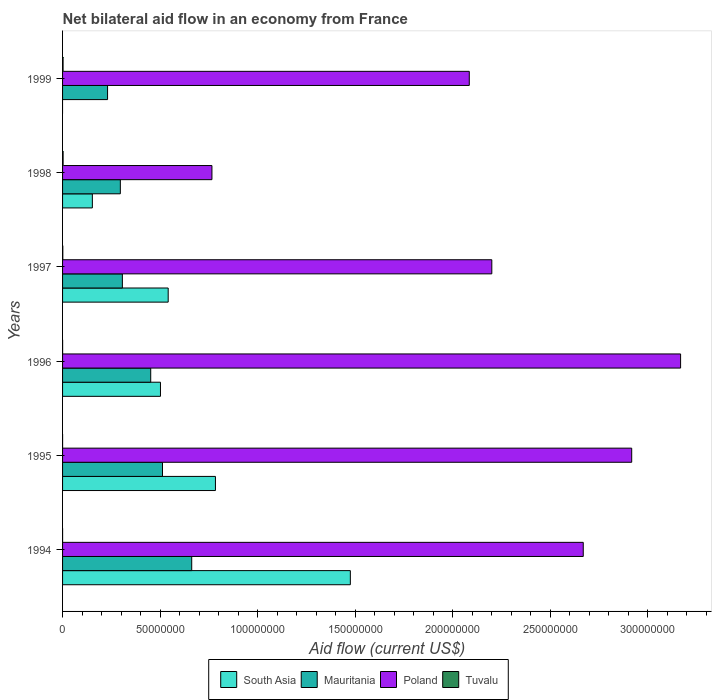
| Years | South Asia | Mauritania | Poland | Tuvalu |
 | --- | --- | --- | --- | --- |
 | 1994 | 1.48e+08 | 6.62e+07 | 2.67e+08 | 1e+04 |
 | 1995 | 7.84e+07 | 5.12e+07 | 2.92e+08 | 1e+04 |
 | 1996 | 5.02e+07 | 4.52e+07 | 3.17e+08 | 2e+04 |
 | 1997 | 5.42e+07 | 3.07e+07 | 2.2e+08 | 1.3e+05 |
 | 1998 | 1.53e+07 | 2.96e+07 | 7.66e+07 | 2.8e+05 |
 | 1999 | -3.74e+06 | 2.31e+07 | 2.09e+08 | 2.6e+05 |